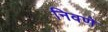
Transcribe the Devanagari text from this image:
निवणे